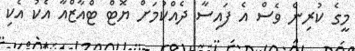
މީގެ ކުރިން ވެސް އެ ފައިސާ ދެއްކުމަށް ޔޮޓް ޓްއާޒްއާ އެކު އެކި